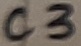
Text: C3